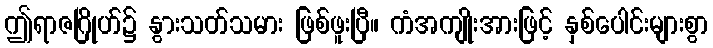
ဤရာဇဂြိုဟ်၌ နွားသတ်သမား ဖြစ်ဖူးပြီ။ ကံအကျိုးအားဖြင့် နှစ်ပေါင်းများစွာ